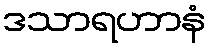
ဒသာရဟာနံ